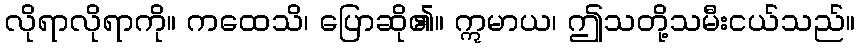
လိုရာလိုရာကို။ ကထေသိ၊ ပြောဆို၏။ ဣမာယ၊ ဤသတို့သမီးငယ်သည်။